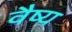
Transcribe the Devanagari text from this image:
वैष्य